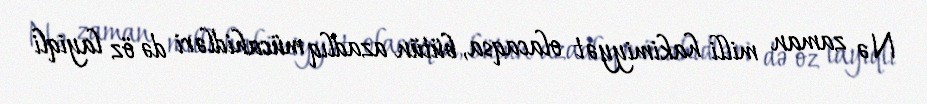
Nə zaman milli hakimiyyət olacaqsa, bütün azadlıq mücahidləri də öz layiqli